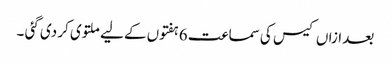
بعد ازاں کیس کی سماعت 6 ہفتوں کے لیے ملتوی کر دی گئی ۔